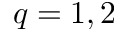
q = 1 , 2